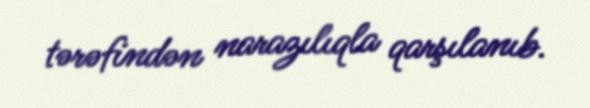
tərəfindən narazılıqla qarşılanıb.